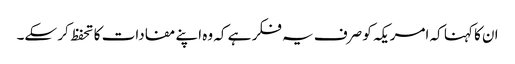
ان کا کہنا کہ امریکہ کو صرف یہ فکر ہے کہ وہ اپنے مفادات کا تحفظ کر سکے۔